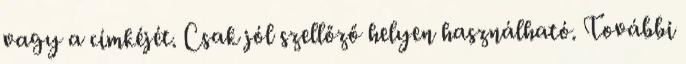
vagy a címkéjét. Csak jól szellőző helyen használható. További